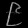
Digit: ၉